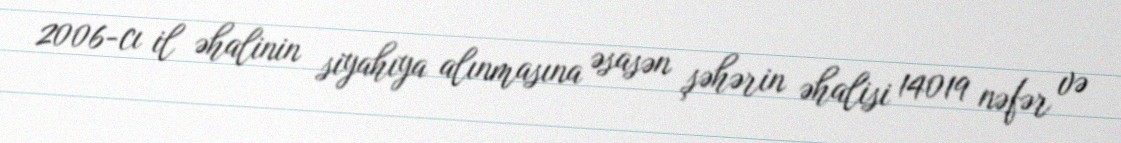
2006-cı il əhalinin siyahıya alınmasına əsasən şəhərin əhalisi 14019 nəfər və